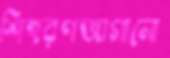
শিহরণজাগানো